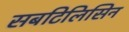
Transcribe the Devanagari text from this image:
सबटिलिसिन